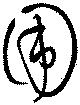
圍